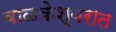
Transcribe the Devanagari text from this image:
वाळकेश्वरात